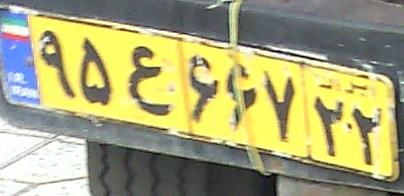
۹۵ع۶۶۷۲۲